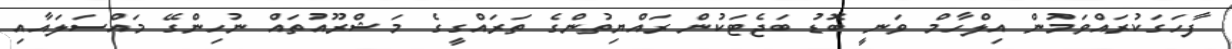
ފާހަގަކުރައްވަމުން އިލްހާމް ވަނީ ބޮޑު ބަޖެޓަކުން ރައްޔިތުންގެ ތަރައްގީގެ މަޝްރޫއުތައް ނުހިންގޭ މައްސަލައާއި